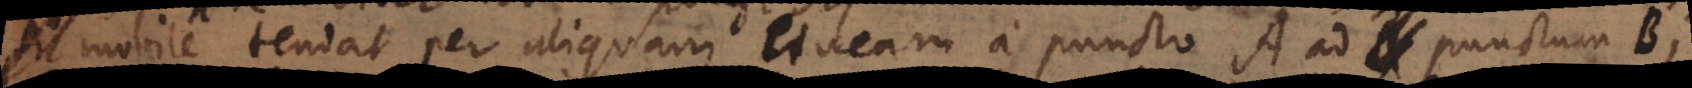
mobile tendat per aliquam lineam a puncto A ad punctum B,